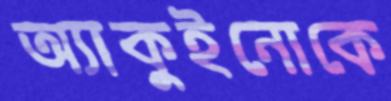
অ্যাকুইনোকে